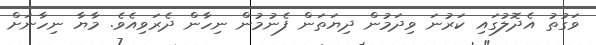
ވަގުތު އެދޮލުގައި ކަރުނަ ވިދަމުން ދިޔަތަން ފެނުމުން ނިހާން ދެރަވިއެވެ. މާޔާ ނިހާނަށް